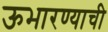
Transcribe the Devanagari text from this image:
ऊभारण्याची